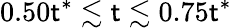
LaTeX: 0.50\mathsf{t}^{*}\lesssim\mathsf{t}\lesssim0.75\mathsf{t}^{*}